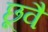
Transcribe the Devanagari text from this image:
छूवै